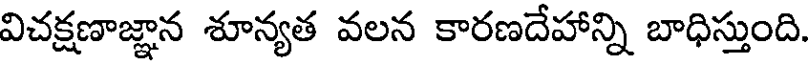
విచక్షణాజ్ఞాన శూన్యత వలన కారణదేహాన్ని బాధిస్తుంది.